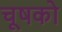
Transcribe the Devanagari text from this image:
चूषको